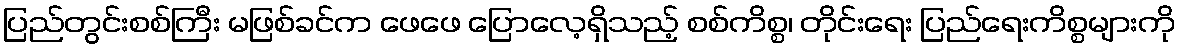
ပြည်တွင်းစစ်ကြီး မဖြစ်ခင်က ဖေဖေ ပြောလေ့ရှိသည့် စစ်ကိစ္စ၊ တိုင်းရေး ပြည်ရေးကိစ္စများကို